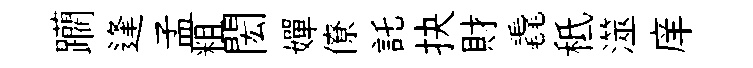
躪逢孟粗閎嬋僚託抉財毳秪澨庠